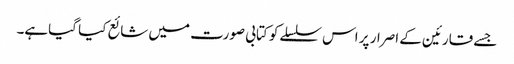
جسے قارئین کے اصرار پر اس سلسلےکو کتابی صورت میں شائع کیا گیاہے۔